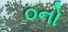
૦નો